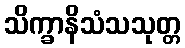
သိက္ခာနိသံသသုတ္တ